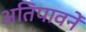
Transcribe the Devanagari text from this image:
अतिपावनें